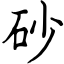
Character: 砂